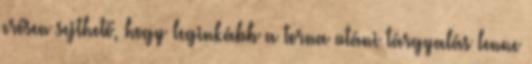
erősen sejthető, hogy leginkább a torna utáni tárgyalás lenne